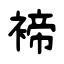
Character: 褅